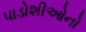
પાડોશીઓનો